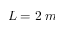
L = 2 \; m